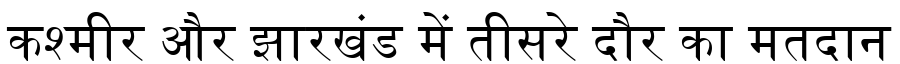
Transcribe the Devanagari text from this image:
कश्मीर और झारखंड में तीसरे दौर का मतदान